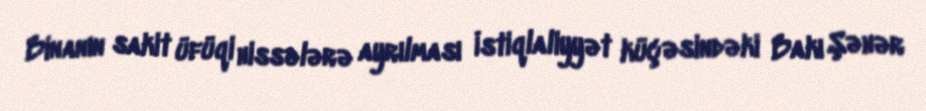
Binanın sakit üfüqi hissələrə ayrılması İstiqlaliyyət küçəsindəki Bakı Şəhər